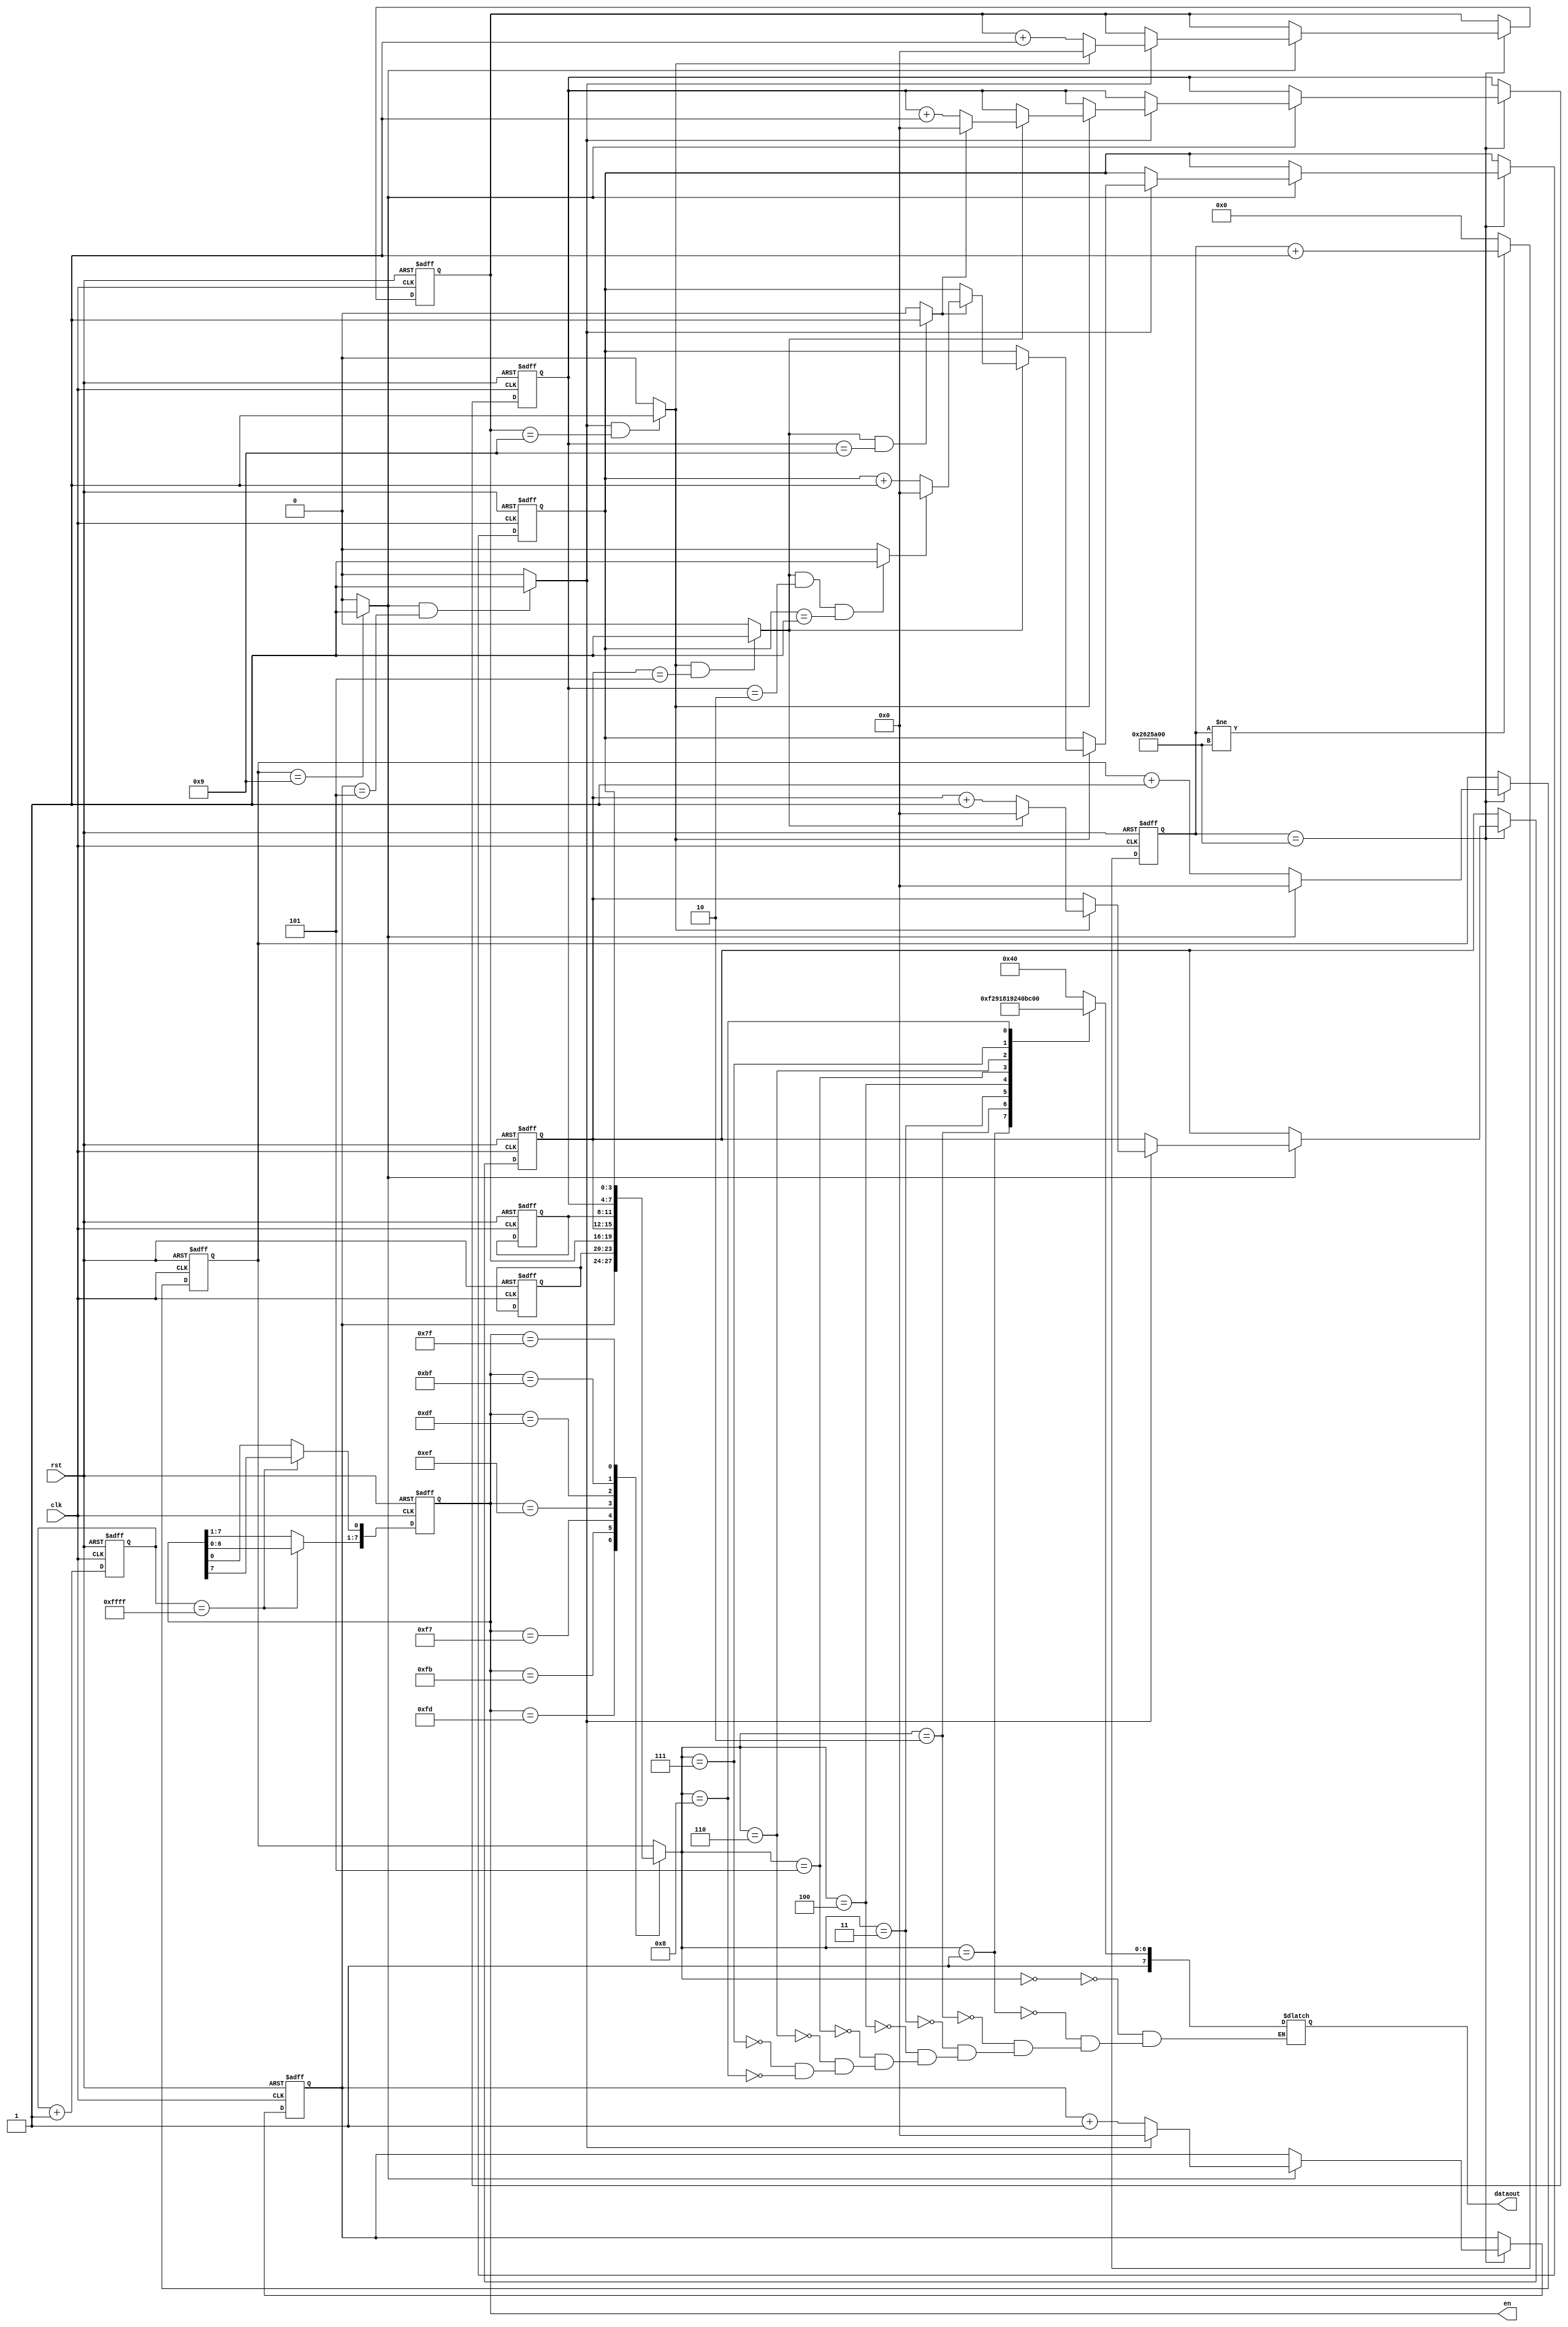
/*

*/
module clock(clk,rst,dataout,en);

input clk,rst;
output[7:0] dataout;
reg[7:0] dataout;
output[7:0] en;
reg[7:0] en;

reg[3:0] dataout_buf[7:0];
reg[25:0] cnt;
reg[15:0] cnt_scan;
reg[3:0] dataout_code;

wire[5:0] cal; //
assign cal[0]=(dataout_buf[0]==9)?1:0;
assign cal[1]=(cal[0]&&dataout_buf[1]==5)?1:0;
assign cal[2]=(cal[1]&&dataout_buf[3]==9)?1:0;
assign cal[3]=(cal[2]&&dataout_buf[4]==5)?1:0;
assign cal[4]=(cal[3]&&dataout_buf[6]==9)?1:0;
assign cal[5]=(cal[3]&&dataout_buf[6]==2&&dataout_buf[7]==1)?1:0;

always@(posedge clk or negedge rst)
begin
	if(!rst) begin
		 cnt_scan<=0;
		 en<=8'b1111_1110;
	 end
	else begin
		cnt_scan<=cnt_scan+1;
		if(cnt_scan==16'hffff) begin 
			en[7:1]<=en[6:0];
			en[0]<=en[7];
		 end
	 end
end

always@(*)
begin
	case(en)
		8'b1111_1110:
			dataout_code=dataout_buf[0];
		8'b1111_1101:
			dataout_code=dataout_buf[1];
		8'b1111_1011:
			dataout_code=dataout_buf[2];
		8'b1111_0111:
			dataout_code=dataout_buf[3];
		8'b1110_1111:
			dataout_code=dataout_buf[4];
		8'b1101_1111:
			dataout_code=dataout_buf[5];
		8'b1011_1111:
			dataout_code=dataout_buf[6];
		8'b0111_1111:
			dataout_code=dataout_buf[7];
		default:
			dataout_code=dataout_buf[0];
	 endcase
end

always@(posedge clk or negedge rst)
begin
	if(!rst) 
		cnt<=0;
	else if(cnt!=40000000)
		cnt<=cnt+1;
	else
		cnt<=0;
end

always@(posedge clk or negedge rst)   //
begin
	if(!rst) begin
		dataout_buf[0]<=0;
		dataout_buf[1]<=0;
		dataout_buf[2]<=15;
		dataout_buf[3]<=0;
		dataout_buf[4]<=0;
		dataout_buf[5]<=15;
		dataout_buf[6]<=2;
		dataout_buf[7]<=1;
	 end
	else begin
		if(cnt==26'd40000000) begin
			if(!cal[0]) 
				dataout_buf[0]<=dataout_buf[0]+1;
			else begin
				dataout_buf[0]<=0;
				if(!cal[1])
					dataout_buf[1]<=dataout_buf[1]+1;
				else begin
					dataout_buf[1]<=0;
					if(!cal[2])
						dataout_buf[3]<=dataout_buf[3]+1;
					else begin
						dataout_buf[3]<=0;
						if(!cal[3])
							dataout_buf[4]<=dataout_buf[4]+1;
						else begin
							dataout_buf[4]<=0;
							if(!cal[4])
								dataout_buf[6]<=dataout_buf[6]+1;
							else begin
								dataout_buf[6]<=0;
								if(!cal[5])
									dataout_buf[7]<=dataout_buf[7]+1;
								else
									dataout_buf[7]<=0;
							 end
						 end
					end
				end
			end
		end
	end
end

always@(dataout_code)
begin
	case(dataout_code)
		4'b0000:
			dataout=8'b1100_0000;
		4'b0001:
			dataout=8'b1111_1001;
		4'b0010:
			dataout=8'b1010_0100;
		4'b0011:
			dataout=8'b1011_0000;
		4'b0100:
			dataout=8'b1001_1001;
		4'b0101:
			dataout=8'b1001_0010;
		4'b0110:
			dataout=8'b1000_0010;
		4'b0111:
			dataout=8'b1111_1000;
		4'b1000:
			dataout=8'b1000_0000;
		
	 endcase
end

endmodule